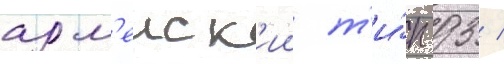
арм'еиск'ии т'и́п 93 /